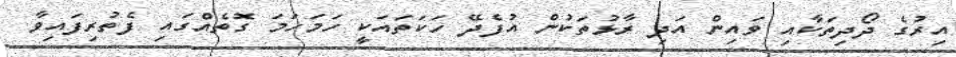
އިރުގެ ދޯދިތަކާއި ވައިން އަދި ރާޅުތަކުން އުފެދޭ ހަކަތައަކީ ހަމަހަމަ ގޮތެއްގައި ފެތުރިފައިވާ